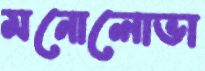
মনোলোভা